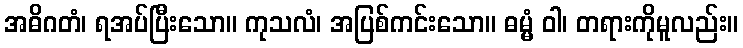
အဓိဂတံ၊ ရအပ်ပြီးသော။ ကုသလံ၊ အပြစ်ကင်းသော။ ဓမ္မံ ဝါ၊ တရားကိုမူလည်း။